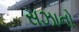
સઝાનો